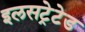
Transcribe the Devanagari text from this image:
इलसट्रेटेड